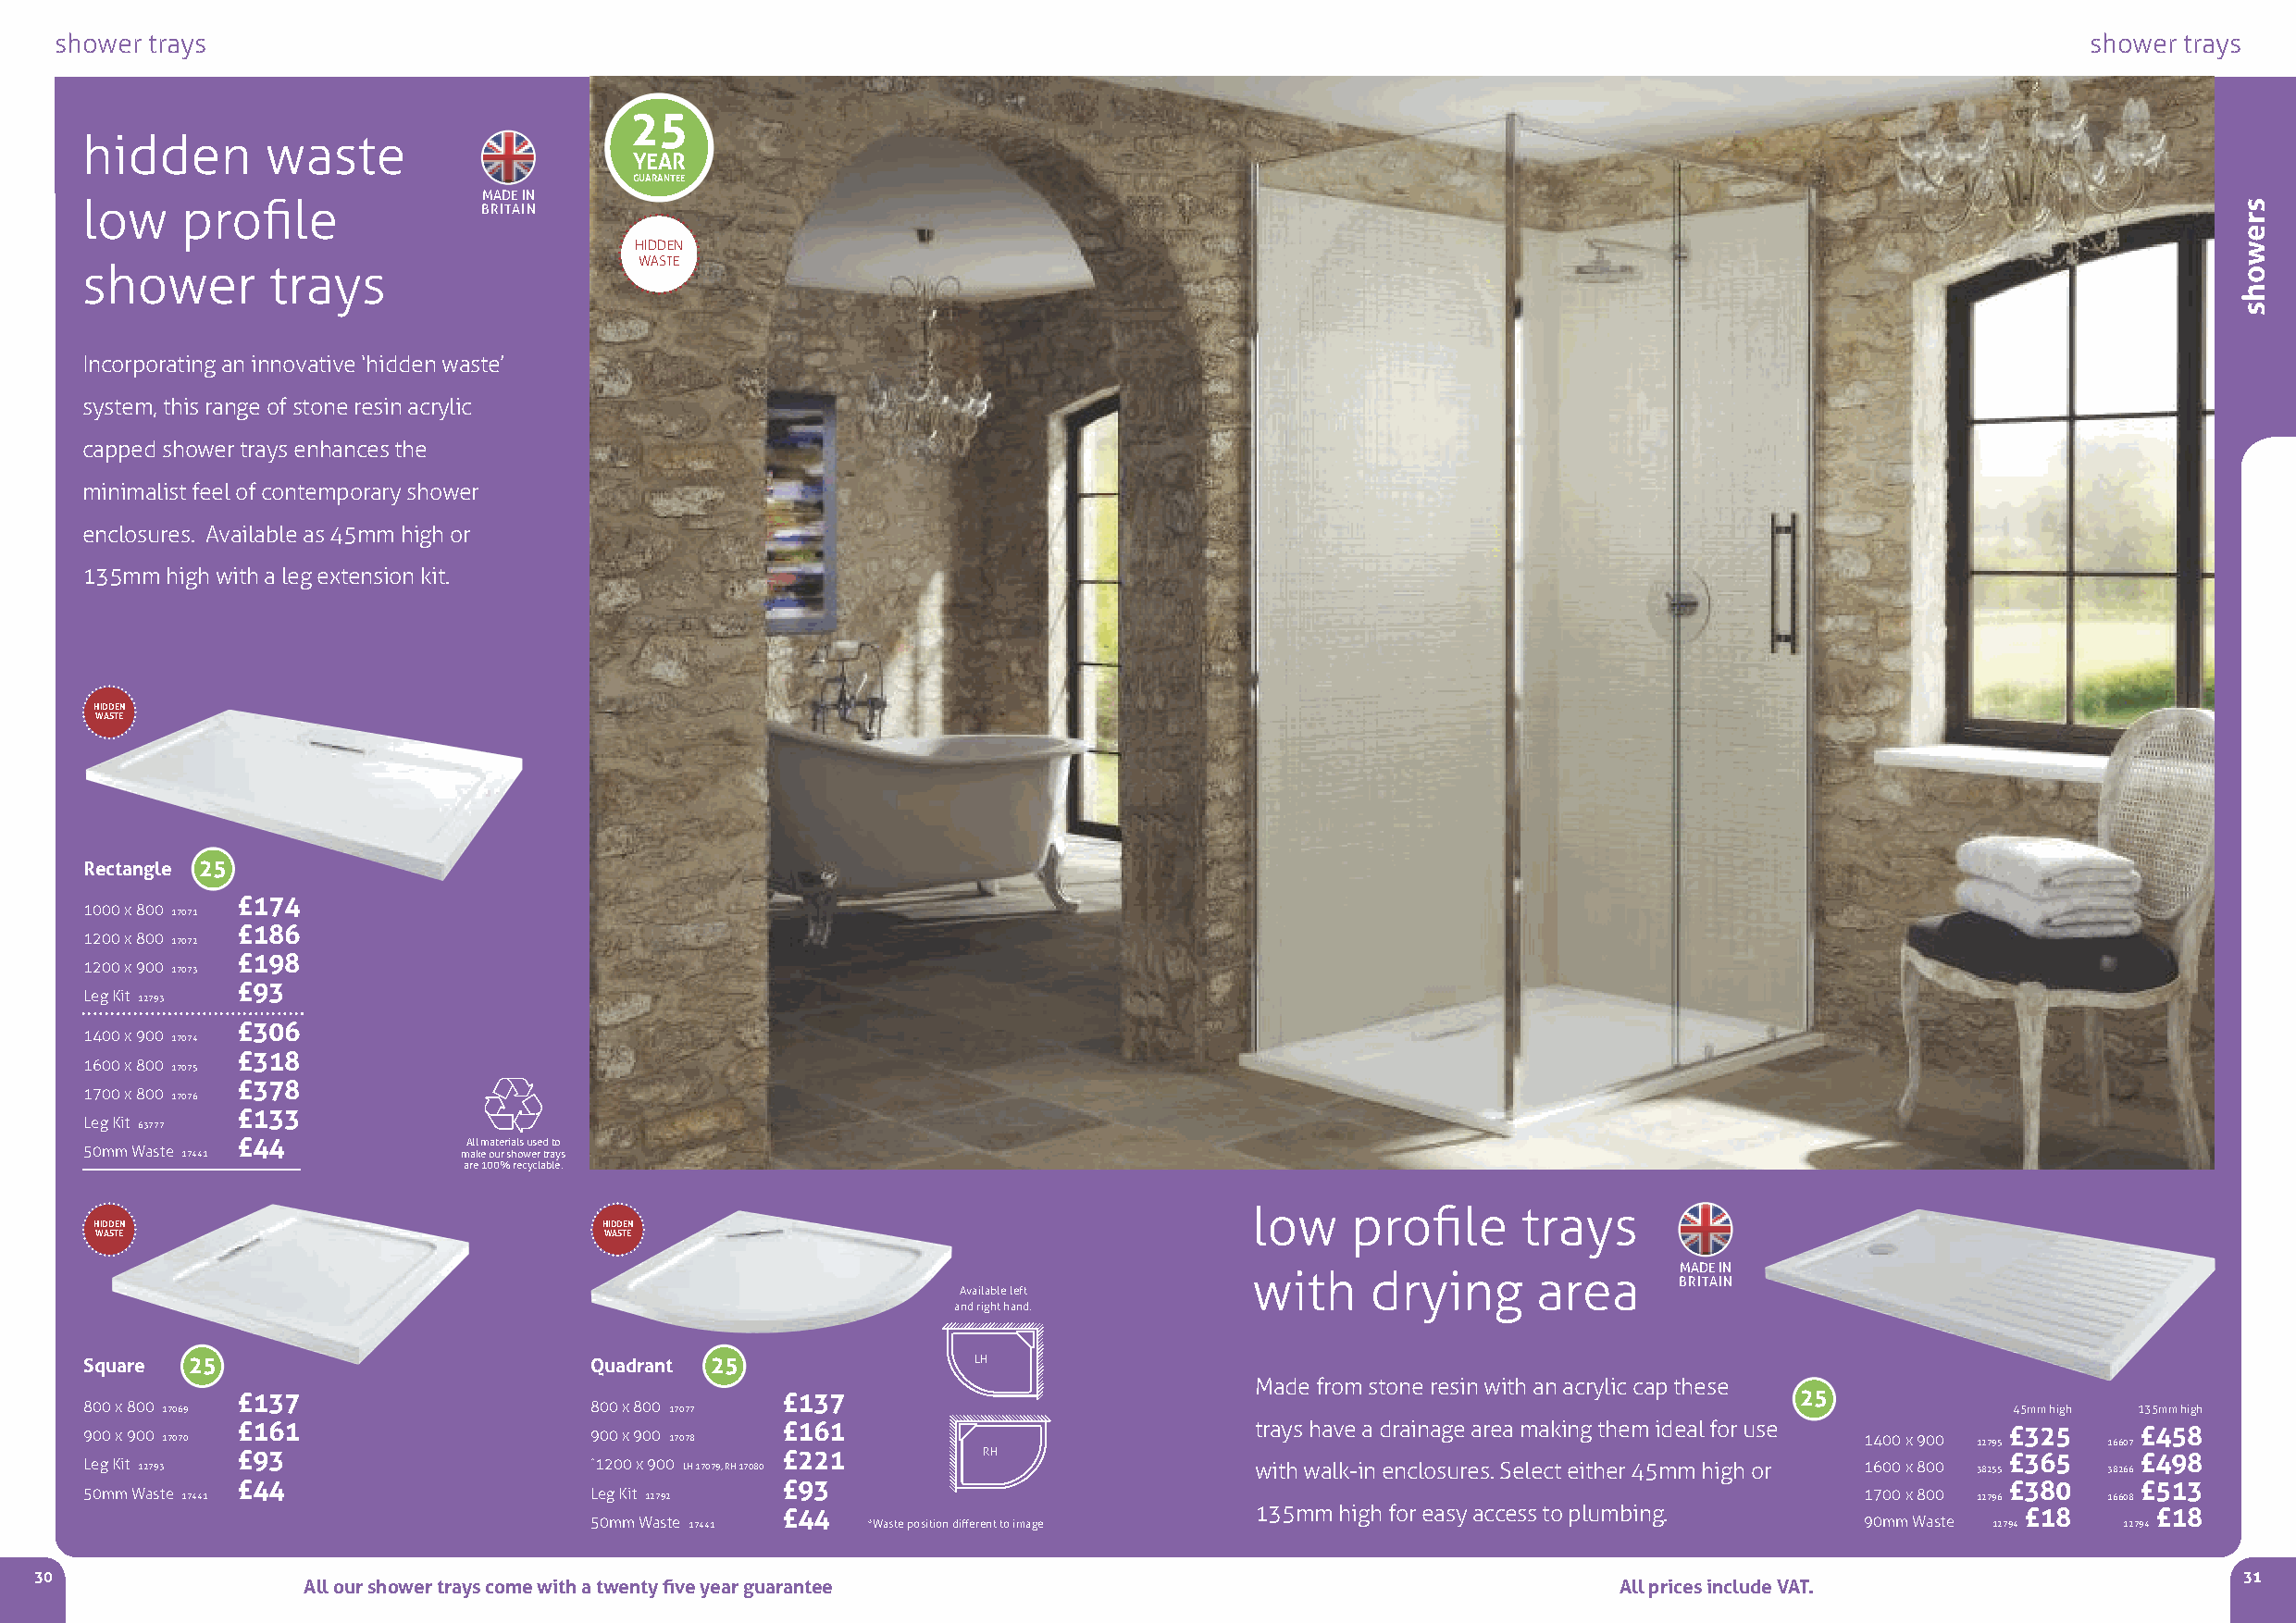
shower trays                                                                                                                                     shower trays
 25
 hidden       waste
 YEAR
 GUARANTEE
 MADE IN
 low    profile              BRITAIN
 HIDDEN
 WASTE
 shower       trays
 Incorporating an innovative ‘hidden waste’
 system, this range of stone resin acrylic
 capped shower trays enhances the
 minimalist feel of contemporary shower
 enclosures. Available as 45mm high or
 135mm high with a leg extension kit.
 HIDDEN
 WASTE
 Rectangle 25
 £174
 1000 x 800 17071
 £186
 1200 x 800 17072
 £198
 1200 x 900 17073
 £93
 Leg Kit 12793
 £306
 1400 x 900 17074
 £318
 1600 x 800 17075
 £378
 1700 x 800 17076
 £133
 Leg Kit 63777
 £44             All materials used to
 50mm Waste 17441           make our shower trays
 are 100% recyclable.
 low    profile     trays
 HIDDEN                              HIDDEN
 WASTE                               WASTE
 MADE IN
 with    drying      area
 BRITAIN
 Available left
 and right hand.
 Square 25                           Quadrant 25                 LH
 Made from stone resin with an acrylic cap these
 £137                                   £137                                                                     25
 800 x 800 17069                     800 x 800 17077                                                                                       45mm high 135mm high
 900 x 900 17070 £161                900 x 900 17078 £161                            trays have a drainage area making them ideal for use 1400 x 900 12795 £325 16607 £458
 Leg Kit 12793 £93                   *1200 x 900 LH 17079, RH 17080 £221 RH          with walk-in enclosures. Select either 45mm high or 1600 x 800 38255 £365 38266 £498
 £44                                    £93                                                                                     £380     £513
 50mm Waste 17441                    Leg Kit 12792                                                                              1700 x 800 12796  16608
 £44                               135mm high for easy access to plumbing.                £18      £18
 50mm Waste 17441    *Waste position different to image                                     90mm Waste 12794   12794
 30                                                                                                                                                            31
 All our shower trays come with a twenty five year guarantee                                   All prices include VAT.
 srewohs